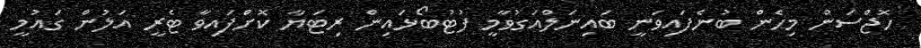
ހޮޖްސަން މިހެން ބުނެފައިވަނީ ބައިނަލްއަގުވާމީ ފުޓުބޯޅައިން ރިޓަޔާ ކޮށްފައިވާ ޓެރީ އަލުން ގައުމީ